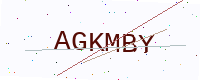
Text: AGKMBY